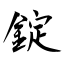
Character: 錠